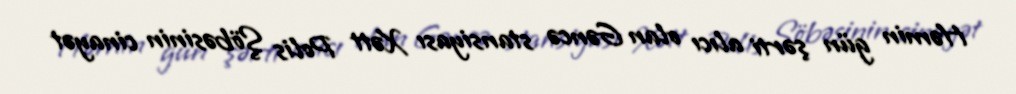
Həmin gün şərti alıcı olan Gəncə stansiyası Xətt Polis Şöbəsinin cinayət